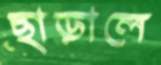
ছাড়ালে